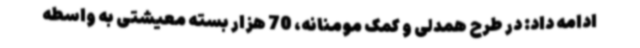
ادامه داد: در طرح همدلی و کمک مومنانه، 70 هزار بسته معیشتی به واسطه